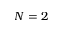
N = 2